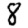
Digit: 8